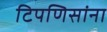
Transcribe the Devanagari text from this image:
टिपणिसांना